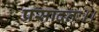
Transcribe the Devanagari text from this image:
प्रसादतः।।